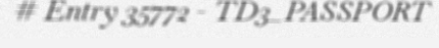
# Entry 35772 - TD3_PASSPORT